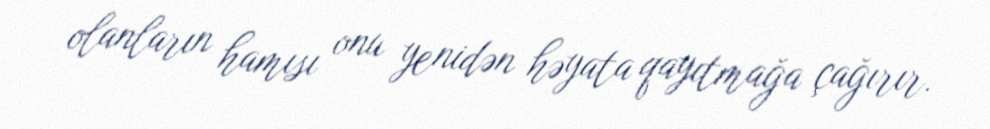
olanların hamısı onu yenidən həyata qayıtmağa çağırır.